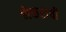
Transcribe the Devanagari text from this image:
भेकराची